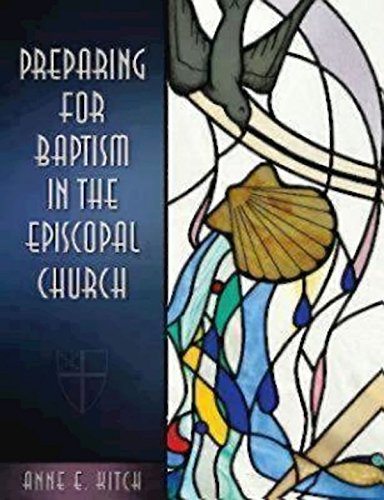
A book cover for Preparing for Baptism in the Episcopal Church; Anne E. Kitch Anne E. Kitch; Christian Books & Bibles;